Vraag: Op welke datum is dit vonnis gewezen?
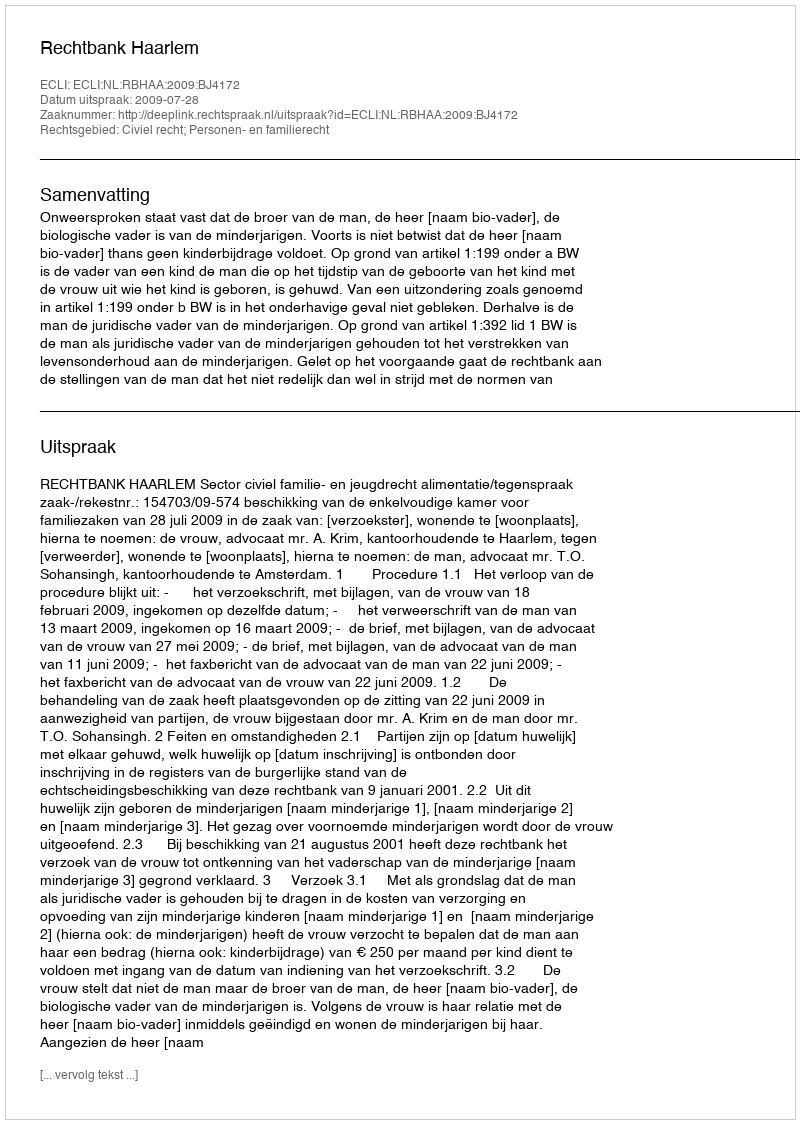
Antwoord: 2009-07-28